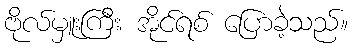
ဗိုလ်မှူးကြီး အိုင်ရစ် ပြောခဲ့သည်။